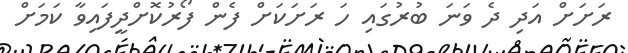
ރަށަށް އަދި ދެ ވަނަ ބުރުގައި ހަ ރަށަކަށް ފެން ފޯރުކޮށްދީފައިވާ ކަމަށް